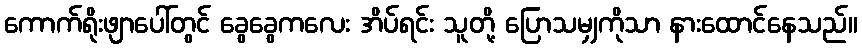
ကောက်ရိုးဖျာပေါ်တွင် ခွေခွေကလေး အိပ်ရင်း သူတို့ ပြောသမျှကိုသာ နားထောင်နေသည်။